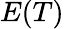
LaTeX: E(T)